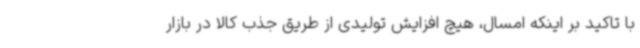
با تاکید بر اینکه امسال، هیچ افزایش تولیدی از طریق جذب کالا در بازار